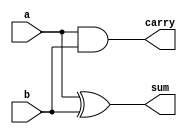
`timescale 1ns / 1ps
//////////////////////////////////////////////////////////////////////////////////
// Company: 
// Engineer: 
// 
// Design Name: 
// Module Name: Vedic_multiplier_4bit
// Project Name: 
// Target Devices: 
// Tool Versions: 
// Description: 
// 
// Dependencies: 
// 
// Revision:
// Revision 0.01 - File Created
// Additional Comments:
// 
//////////////////////////////////////////////////////////////////////////////////

module HA(sum,carry,a,b);
input a,b;
output sum,carry;
assign sum = a^b;
assign carry = a&b;
endmodule

module adder_4bit(out,x,y);
input [3:0]x,y;
output [3:0]out;
assign out=x+y;
endmodule 

module adder_6bit(out,x,y);
input [5:0]x,y;
output [5:0]out;
assign out=x+y;
endmodule

module vedic_mul_2_bit(out,a,b);
input [1:0]a,b;
output [3:0]out;
wire [3:0]x;
and u1(out[0],a[0],b[0]),
    u2(x[0],a[0],b[1]),
    u3(x[1],a[1],b[0]),
    u4(x[2],a[1],b[1]);
HA ha1 (out[1],x[3],x[0],x[1]);
HA ha2 (out[2],out[3],x[3],x[2]);
endmodule

module Vedic_multiplier_4bit(out,a,b);
input [3:0]a,b;
output [7:0]out;
wire [3:0]w3,w2,w1,w0,wk;
wire [5:0]k;
vedic_mul_2_bit VM1 (w3[3:0],a[3:2],b[3:2]);
vedic_mul_2_bit VM2 (w2[3:0],a[1:0],b[3:2]);
vedic_mul_2_bit VM3 (w1[3:0],a[3:2],b[1:0]);
vedic_mul_2_bit VM4 (w0[3:0],a[1:0],b[1:0]);

adder_6bit Add1 (k,{w3[3:0],2'b00},{2'b00,w2[3:0]});
adder_4bit Add2 (wk,w1[3:0],{2'b00,w0[3:2]});
adder_6bit Add3 (out[7:2],k,{2'b00,wk[3:0]});
assign out[1:0]=w0[1:0];
endmodule